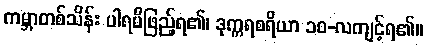
ကမ္ဘာတစ်သိန်း ပါရမီဖြည့်ရ၏၊ ဒုက္ကရစရိယာ ၁၀-လကျင့်ရ၏။